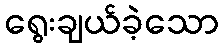
ရွေးချယ်ခဲ့သော